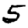
Digit: 5